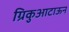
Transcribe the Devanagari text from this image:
ग्रिकुआटाऊन